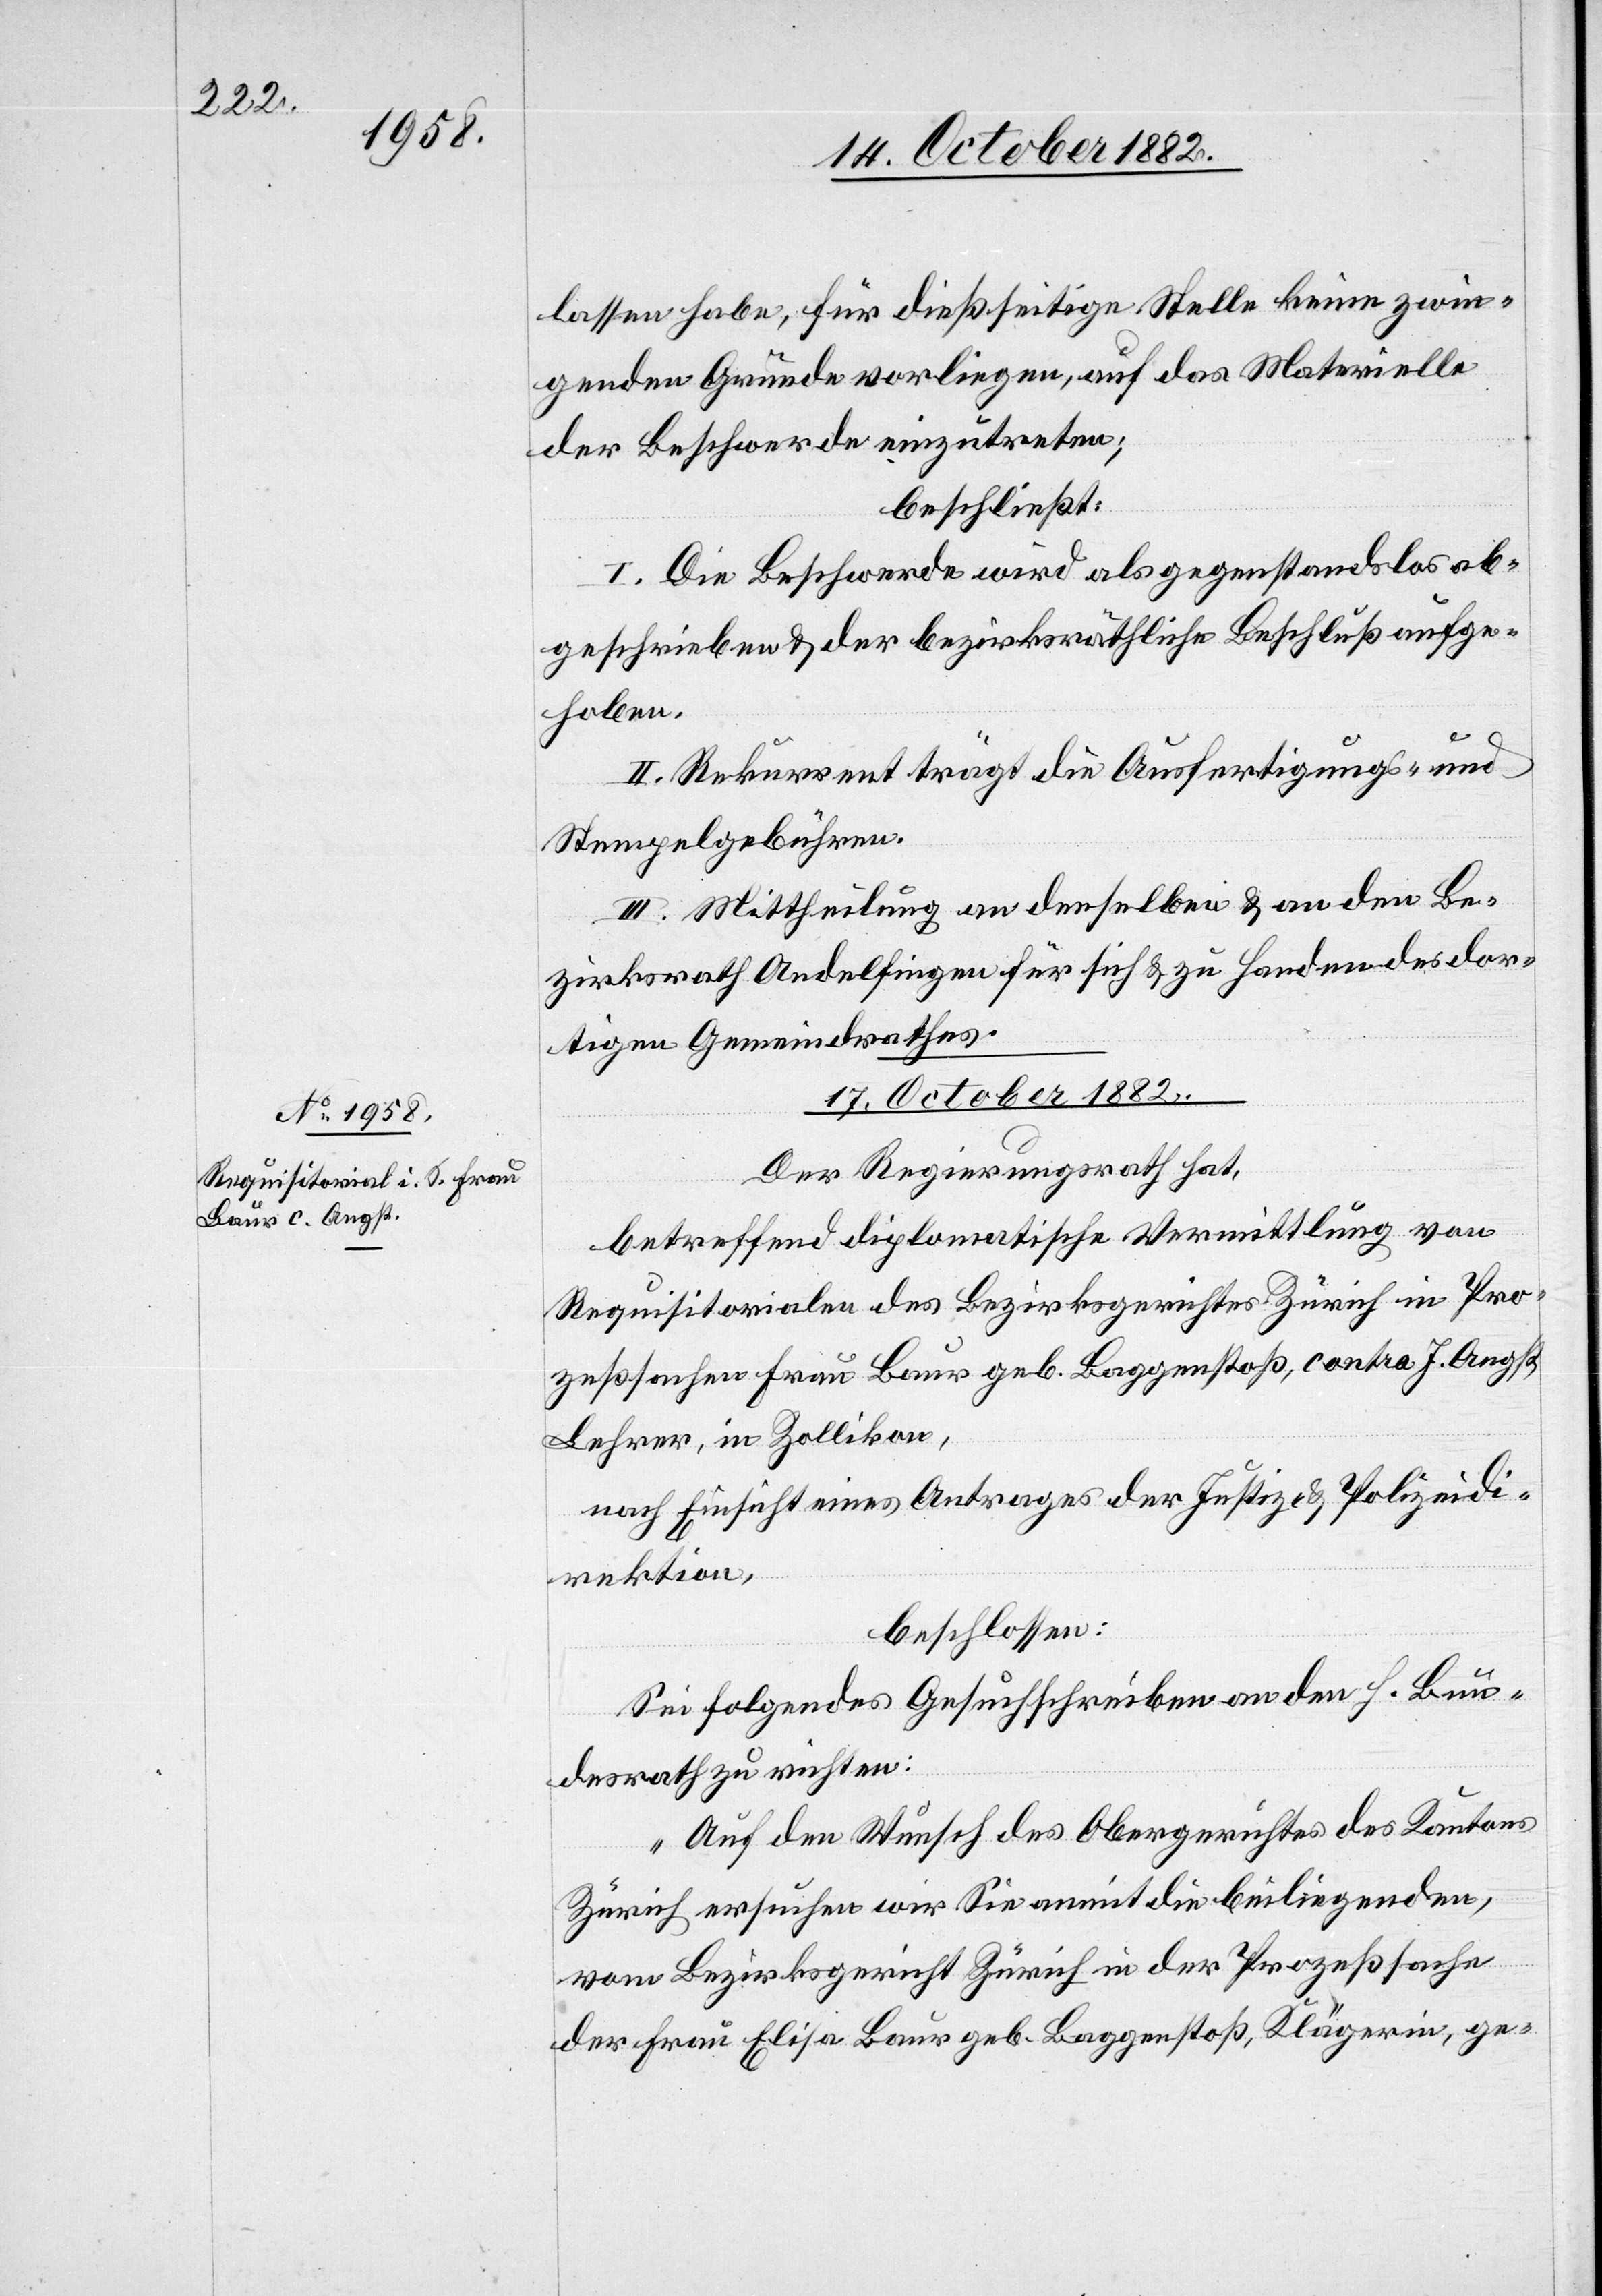
lassen habe, für dießseitige Stelle keine zwin¬
genden Gründe vorliegen, auf das Materielle
der Beschwerde einzutreten;
beschließt:
I. Die Beschwerde wird als gegenstandslos ab¬
geschrieben & der bezirksräthliche Beschluß aufge¬
hoben.
II. Rekurrent trägt die Ausfertigungs- und
Stempelgebühren.
III. Mittheilung an denselben & an den Be¬
zirksrath Andelfingen für sich & zu Handen des dor¬
tigen Gemeindrathes.
17. October 1882.
Der Regierungsrath hat,
betreffend diplomatische Vermittlung von
Requisitorialen des Bezirksgerichtes Zürich in Pro¬
zeßsachen Frau Baur geb. Baggenstoß, contra J. Angst,
Lehrer, in Zollikon,
nach Einsicht eines Antrages der Justiz- & Polizeidi¬
rektion,
beschlossen:
Sei folgendes Gesuchschreiben an den H. Bun¬
desrath zu richten:
„Auf den Wunsch des Obergerichtes des Kantons
Zürich ersuchen wir Sie anmit die beiliegenden,
vom Bezirksgericht Zürich in der Prozeßsache
der Frau Elisa Baur geb. Baggenstoß, Klägerin, ge-